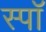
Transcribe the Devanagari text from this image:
स्पॉ